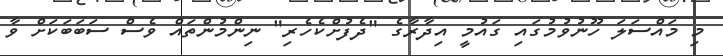
މި މައްސަލަ ހޫނުވުމުގައި ގައުމީ އިދާރާގެ "ދެފުށްކެހެރި" ނިންމުންތައް ވެސް ސަބަބަކަށް ވާ